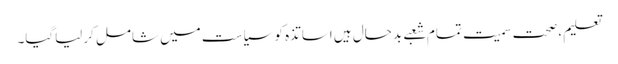
تعلیم ،صحت سمیت تمام شعبے بدحال ہیں اساتذہ کو سیاست میں شامل کرلیاگیا۔